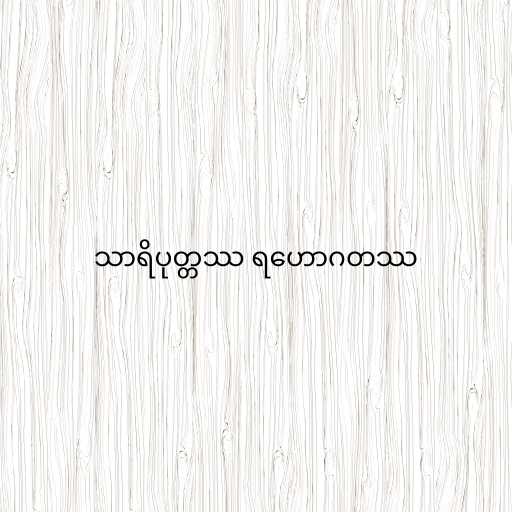
သာရိပုတ္တဿ ရဟောဂတဿ